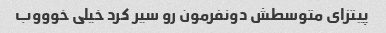
پیتزای متوسطش دونفرمون رو سیر کرد خیلی خوووب